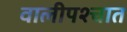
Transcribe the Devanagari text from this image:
वालीपश्चात